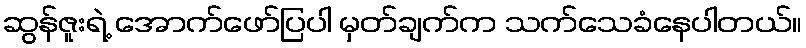
ဆွန်ဇူးရဲ့ အောက်ဖော်ပြပါ မှတ်ချက်က သက်သေခံနေပါတယ်။